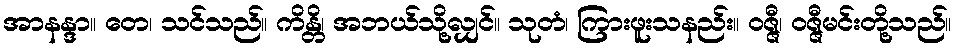
အာနန္ဒာ။ တေ၊ သင်သည်။ ကိန္တိ၊ အဘယ်သို့လျှင်။ သုတံ၊ ကြားဖူးသနည်း။ ဝဇ္ဇီ၊ ဝဇ္ဇီမင်းတို့သည်။